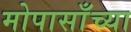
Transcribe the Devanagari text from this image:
मोपासाँच्या